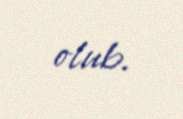
olub.